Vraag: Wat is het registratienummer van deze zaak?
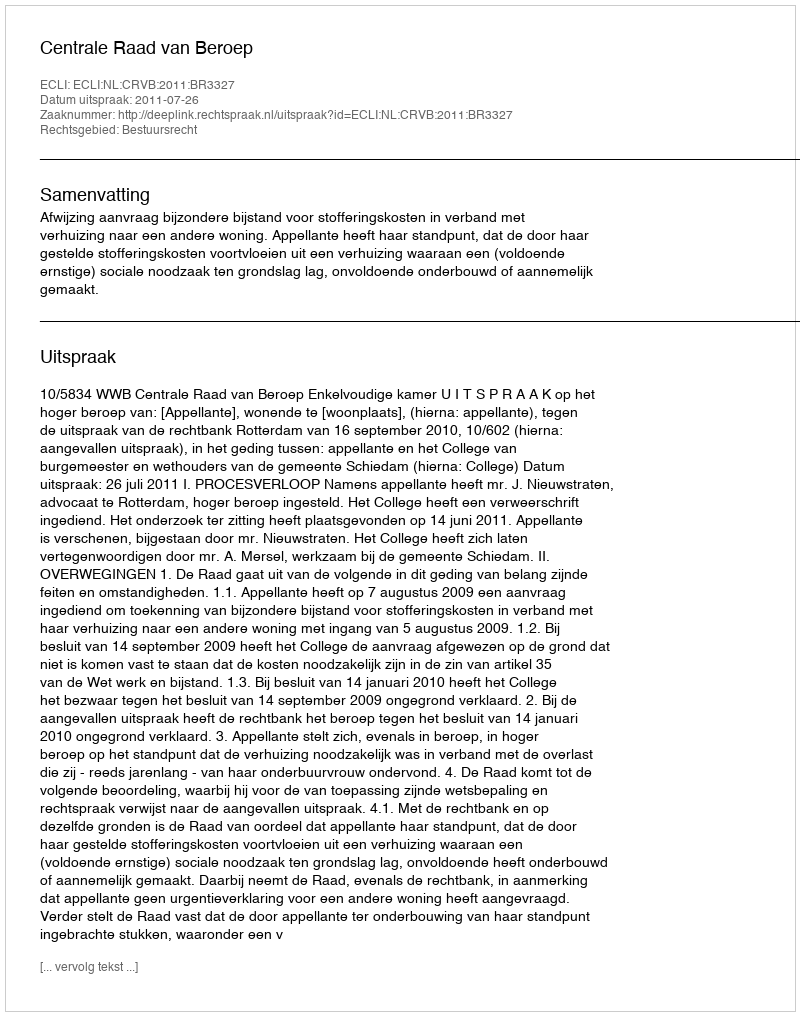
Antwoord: http://deeplink.rechtspraak.nl/uitspraak?id=ECLI:NL:CRVB:2011:BR3327